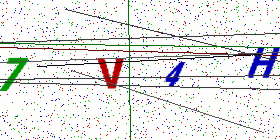
Text: 7V4H